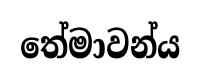
තේමාවන්ය